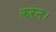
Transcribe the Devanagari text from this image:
करन।